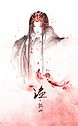
李白如今已仙去，月在青天几圆缺？